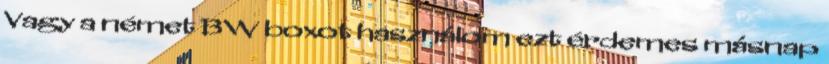
Vagy a német BW boxot használom ezt érdemes másnap